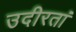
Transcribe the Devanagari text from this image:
उदीरतां